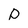
Character: P